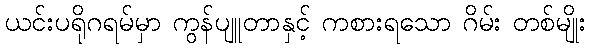
ယင်းပရိုဂရမ်မှာ ကွန်ပျူတာနှင့် ကစားရသော ဂိမ်း တစ်မျိုး